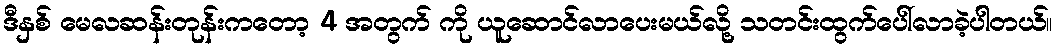
ဒီနှစ် မေလဆန်းတုန်းကတော့ 4 အတွက် ကို ယူဆောင်လာပေးမယ်လို့ သတင်းထွက်ပေါ်လာခဲ့ပါတယ်။